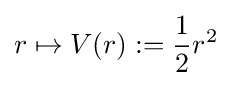
r\mapsto V(r):={\frac {1}{2}}r^{2}